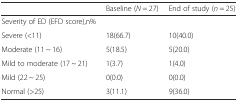
|  | Baseline (N = 27) | End of study (n = 25) |
 | --- | --- | --- |
 | Severity of ED (EFD score),n% |  |  |
 | Severe (<11) | 18(66.7) | 10(40.0) |
 | Moderate (11 ~ 16) | 5(18.5) | 5(20.0) |
 | Mild to moderate (17 ~ 21) | 1(3.7) | 1(4.0) |
 | Mild (22 ~ 25) | 0(0.0) | 0(0.0) |
 | Normal (>25) | 3(11.1) | 9(36.0) |